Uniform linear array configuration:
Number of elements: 4
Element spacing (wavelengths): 1
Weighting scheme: hann
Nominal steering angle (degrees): -30
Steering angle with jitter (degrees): -28.676
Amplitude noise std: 0.05
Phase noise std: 0.05

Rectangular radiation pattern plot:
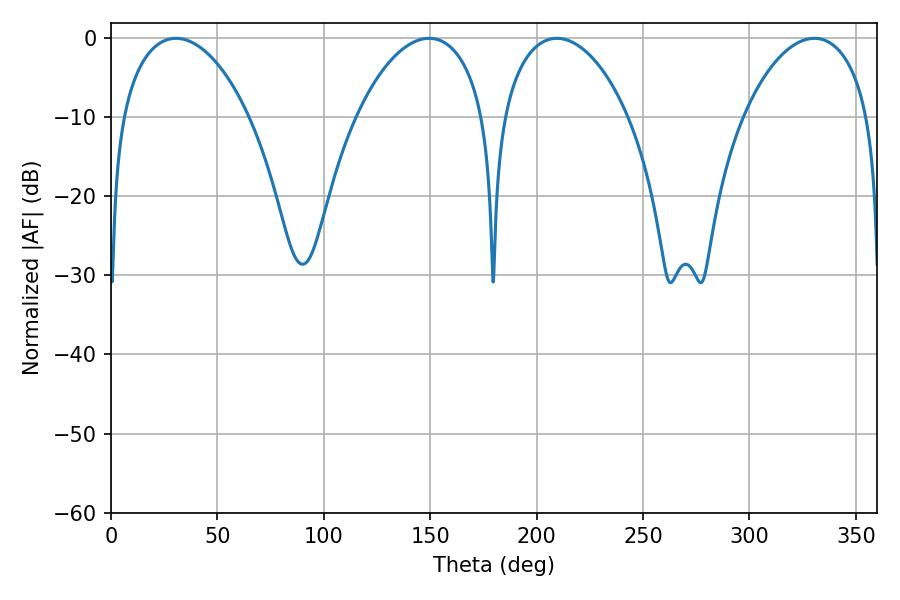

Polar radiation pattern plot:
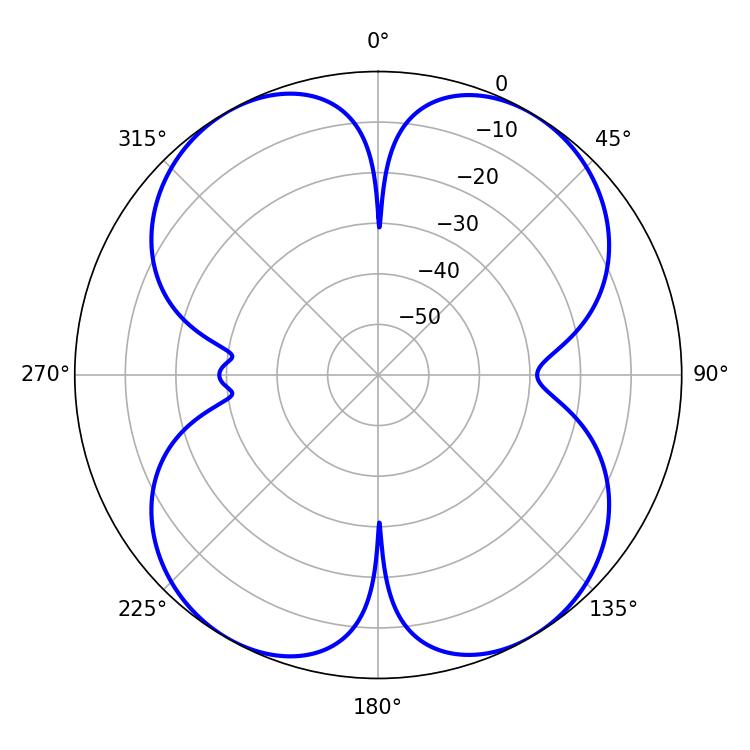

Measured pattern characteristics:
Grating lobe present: TRUE
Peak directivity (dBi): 17.957
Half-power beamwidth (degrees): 33.84
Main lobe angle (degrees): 209.52